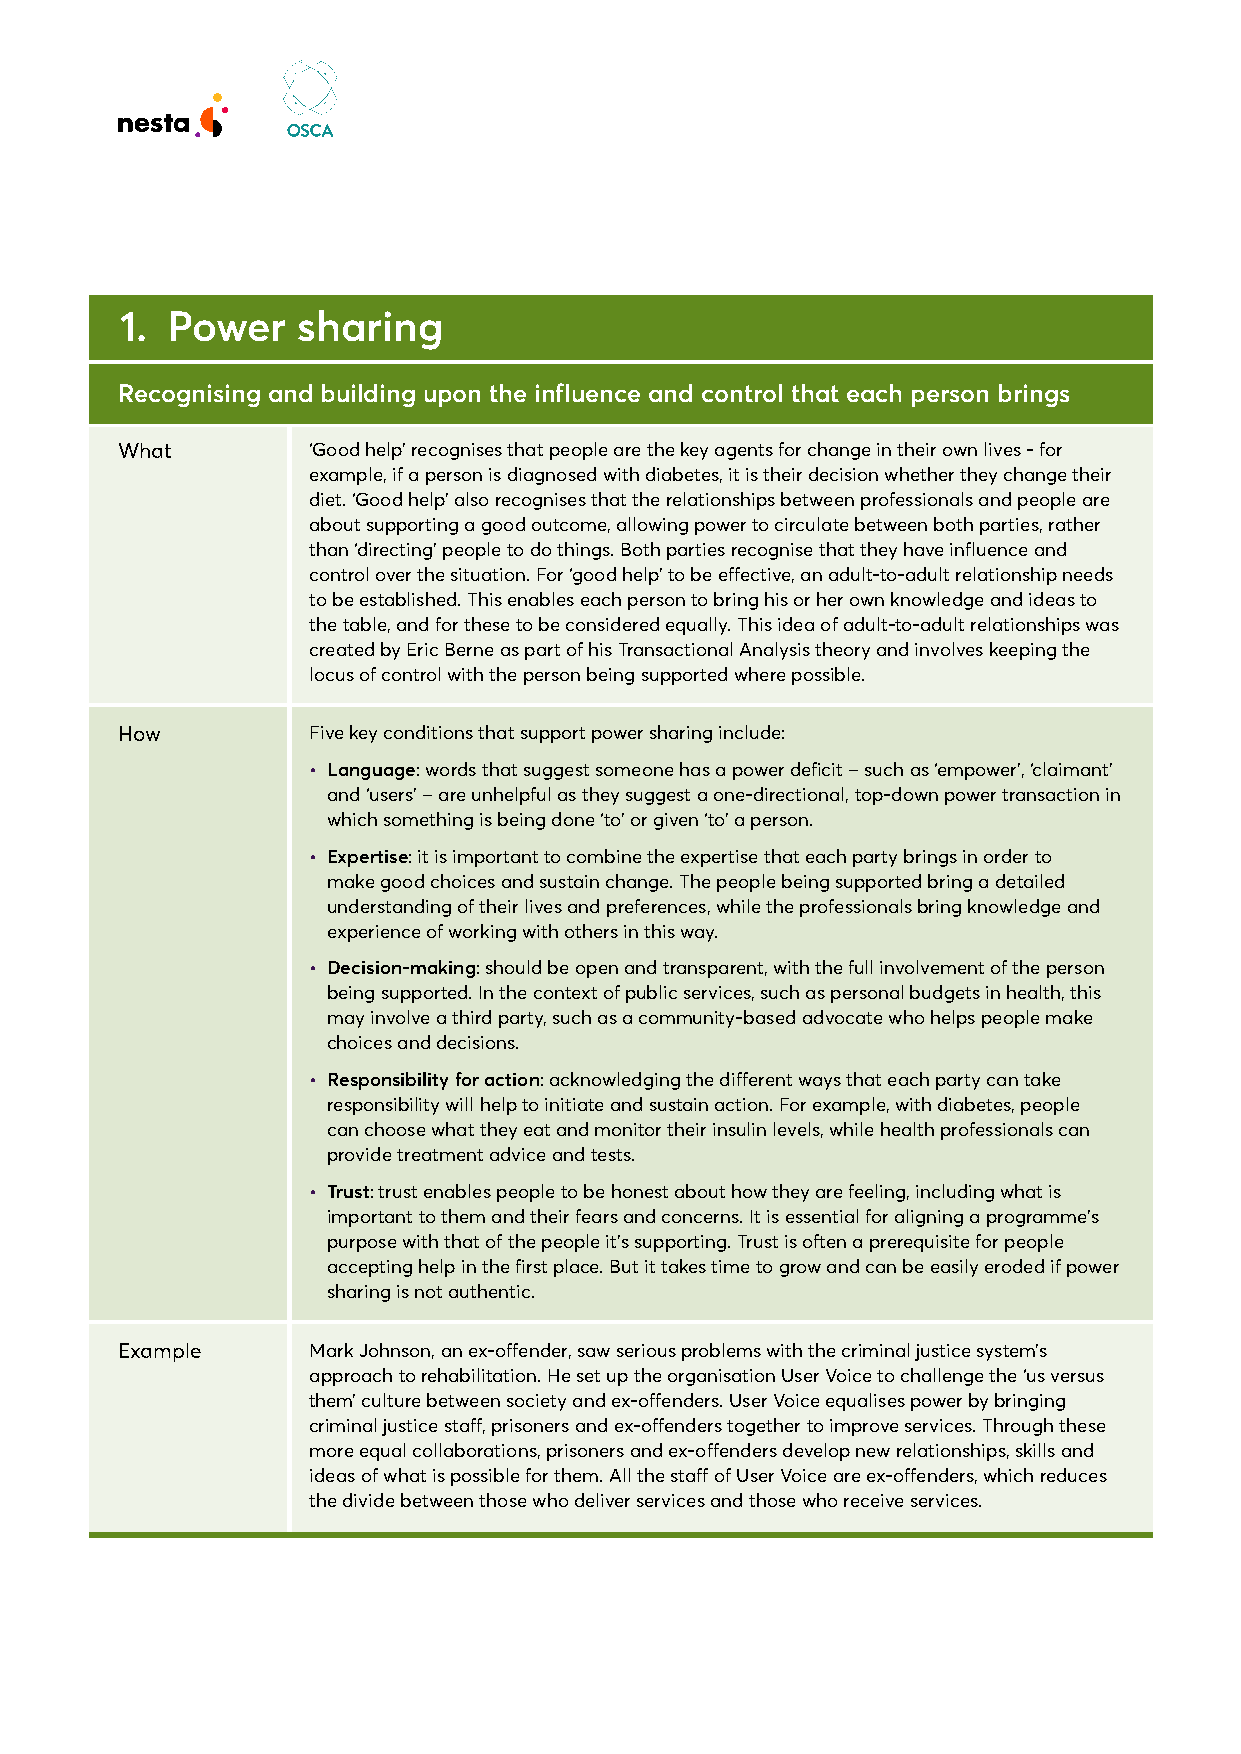
1. Power    sharing
 Recognising and building upon the influence and control that each person brings
 What        ‘Good help’ recognises that people are the key agents for change in their own lives - for
 example, if a person is diagnosed with diabetes, it is their decision whether they change their
 diet. ‘Good help’ also recognises that the relationships between professionals and people are
 about supporting a good outcome, allowing power to circulate between both parties, rather
 than ‘directing’ people to do things. Both parties recognise that they have influence and
 control over the situation. For ‘good help’ to be effective, an adult-to-adult relationship needs
 to be established. This enables each person to bring his or her own knowledge and ideas to
 the table, and for these to be considered equally. This idea of adult-to-adult relationships was
 created by Eric Berne as part of his Transactional Analysis theory and involves keeping the
 locus of control with the person being supported where possible.
 How         Five key conditions that support power sharing include:
 • Language: words that suggest someone has a power deficit – such as ‘empower’, ‘claimant’
 and ‘users’ – are unhelpful as they suggest a one-directional, top-down power transaction in
 which something is being done ‘to’ or given ‘to’ a person.
 • Expertise: it is important to combine the expertise that each party brings in order to
 make good choices and sustain change. The people being supported bring a detailed
 understanding of their lives and preferences, while the professionals bring knowledge and
 experience of working with others in this way.
 • Decision-making: should be open and transparent, with the full involvement of the person
 being supported. In the context of public services, such as personal budgets in health, this
 may involve a third party, such as a community-based advocate who helps people make
 choices and decisions.
 • Responsibility for action: acknowledging the different ways that each party can take
 responsibility will help to initiate and sustain action. For example, with diabetes, people
 can choose what they eat and monitor their insulin levels, while health professionals can
 provide treatment advice and tests.
 • Trust: trust enables people to be honest about how they are feeling, including what is
 important to them and their fears and concerns. It is essential for aligning a programme’s
 purpose with that of the people it’s supporting. Trust is often a prerequisite for people
 accepting help in the first place. But it takes time to grow and can be easily eroded if power
 sharing is not authentic.
 Example     Mark Johnson, an ex-offender, saw serious problems with the criminal justice system’s
 approach to rehabilitation. He set up the organisation User Voice to challenge the ‘us versus
 them’ culture between society and ex-offenders. User Voice equalises power by bringing
 criminal justice staff, prisoners and ex-offenders together to improve services. Through these
 more equal collaborations, prisoners and ex-offenders develop new relationships, skills and
 ideas of what is possible for them. All the staff of User Voice are ex-offenders, which reduces
 the divide between those who deliver services and those who receive services.